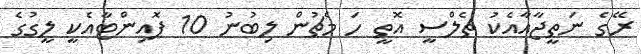
ރޭގެ ނަތީޖާއާއެކު ޗެލްސީ އޮތީ ހަ މެޗުން ލިބުނު 10 ޕޮއިންޓާއެކީ ލީގުގެ